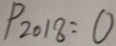
P _ { 2 0 1 8 } : 0